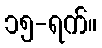
၁၅-ရက်။